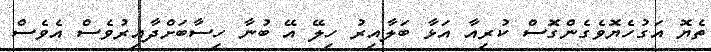
ތެޔޮ އަގުހެޔޮވެގެންގޮސް ކުރިއާ އަޅާ ބަލާއިރު ހިލޭ އޭ ބުނާ ހިސާބަށްދާއިރުވެސް އެވެސް